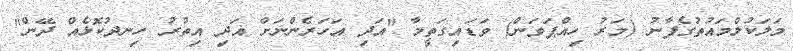
މަލަކުލްމައުތުގެފާނު (މަރު ހިއްޕަވަން) ވަޑައިގަތީމާ "އަދި އަހަރެންނަށް އަދި އިތުރު ހިނދުކޮޅެއް ދޭން"